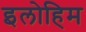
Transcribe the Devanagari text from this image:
इलोहिम